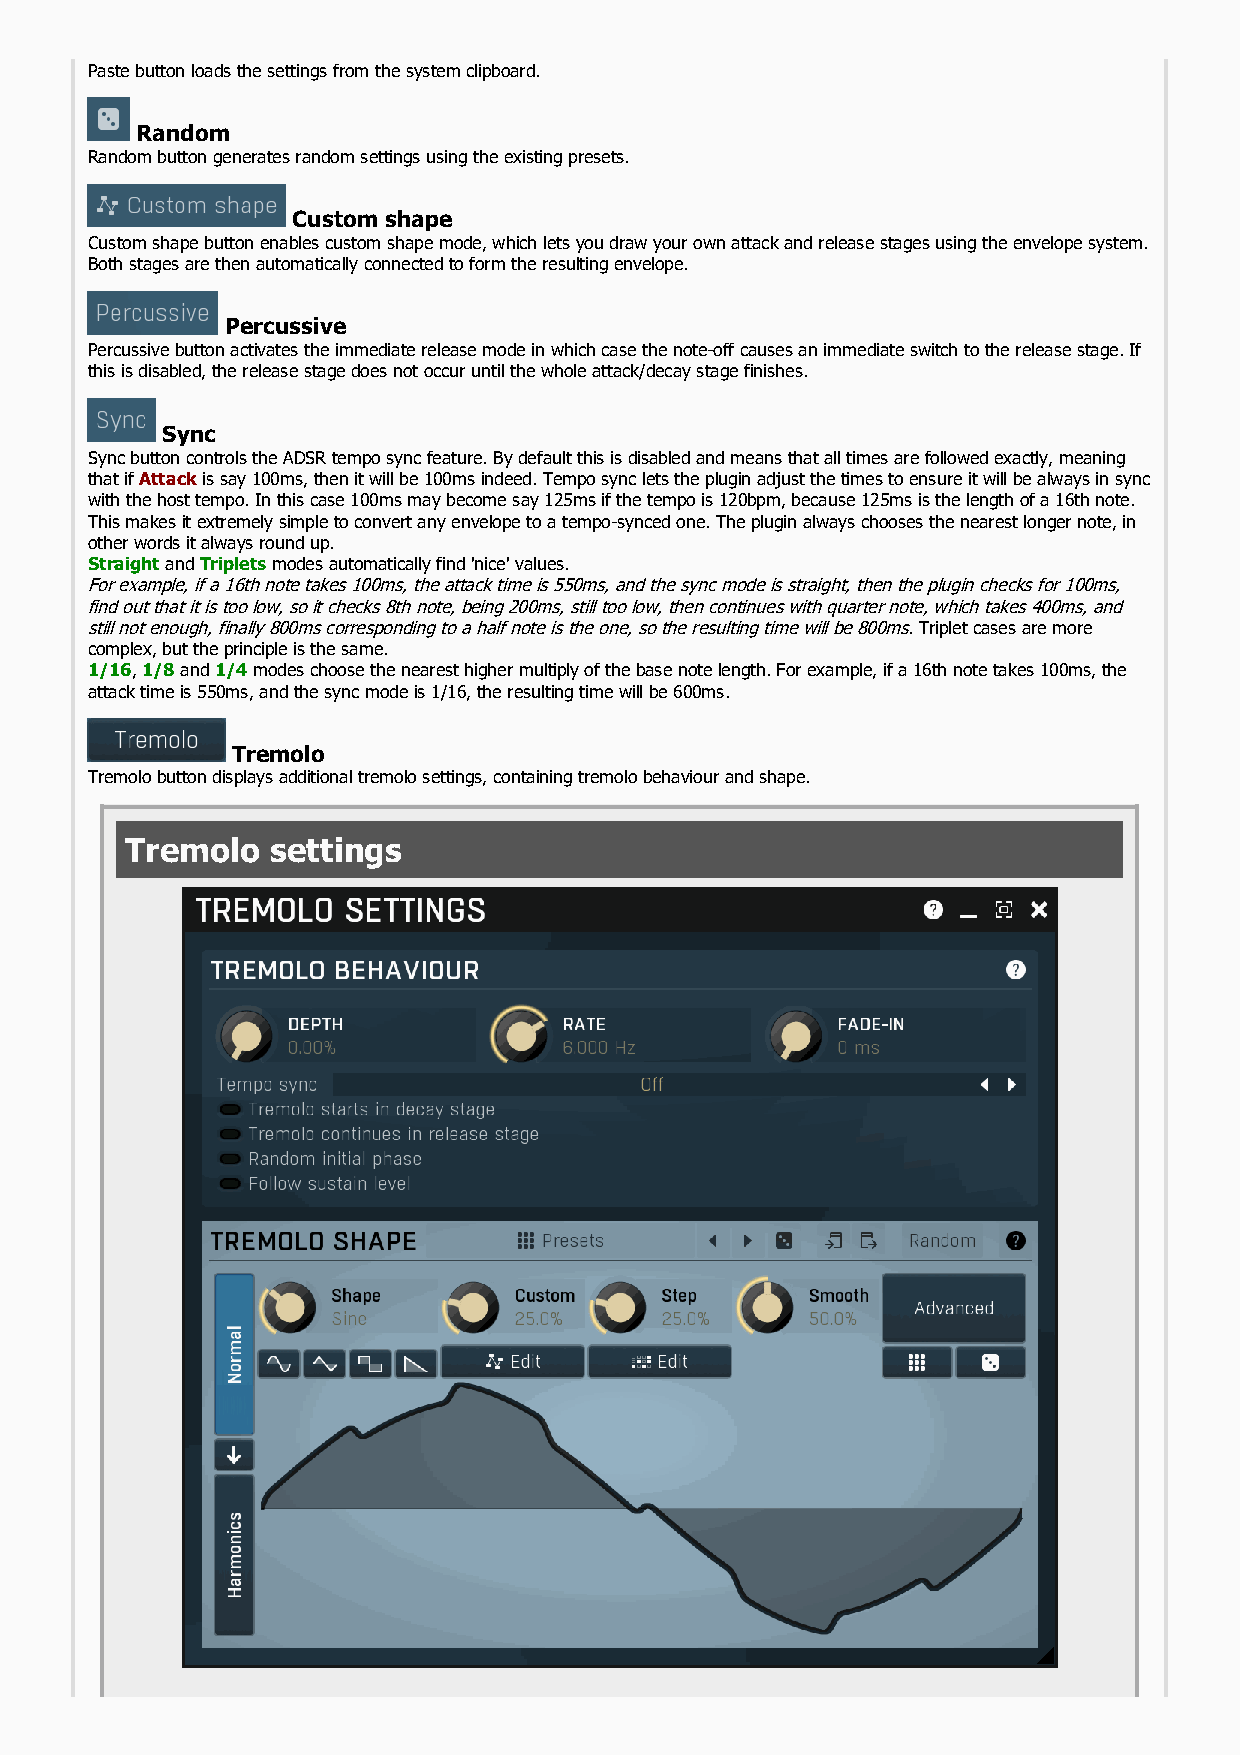
Paste button loads the settings from the system clipboard.
 Random
 Random button generates random settings using the existing presets.
 Custom shape
 Custom shape button enables custom shape mode, which lets you draw your own attack and release stages using the envelope system.
 Both stages are then automatically connected to form the resulting envelope.
 Percussive
 Percussive button activates the immediate release mode in which case the note-off causes an immediate switch to the release stage. If
 this is disabled, the release stage does not occur until the whole attack/decay stage finishes.
 Sync
 Sync button controls the ADSR tempo sync feature. By default this is disabled and means that all times are followed exactly, meaning
 that if Attack is say 100ms, then it will be 100ms indeed. Tempo sync lets the plugin adjust the times to ensure it will be always in sync
 with the host tempo. In this case 100ms may become say 125ms if the tempo is 120bpm, because 125ms is the length of a 16th note.
 This makes it extremely simple to convert any envelope to a tempo-synced one. The plugin always chooses the nearest longer note, in
 other words it always round up.
 Straight and Triplets modes automatically find 'nice' values.
 For example, if a 16th note takes 100ms, the attack time is 550ms, and the sync mode is straight, then the plugin checks for 100ms,
 find out that it is too low, so it checks 8th note, being 200ms, still too low, then continues with quarter note, which takes 400ms, and
 still not enough, finally 800ms corresponding to a half note is the one, so the resulting time will be 800ms. Triplet cases are more
 complex, but the principle is the same.
 1/16, 1/8 and 1/4 modes choose the nearest higher multiply of the base note length. For example, if a 16th note takes 100ms, the
 attack time is 550ms, and the sync mode is 1/16, the resulting time will be 600ms.
 Tremolo
 Tremolo button displays additional tremolo settings, containing tremolo behaviour and shape.
 Tremolo   settings